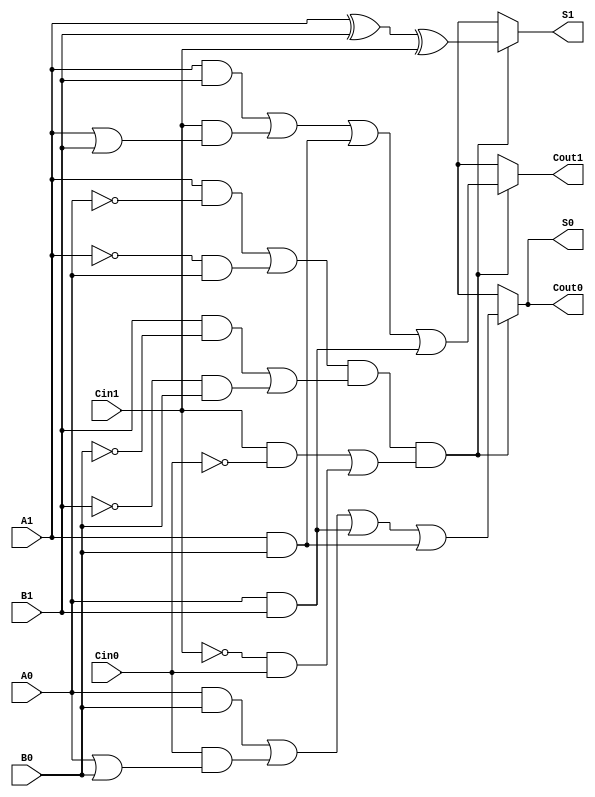
module dual_rail_full_adder (
    input  wire A1, A0,   // Dual-rail representation of input A
    input  wire B1, B0,   // Dual-rail representation of input B
    input  wire Cin1, Cin0, // Dual-rail representation of carry-in
    output reg S1, S0,    // Dual-rail representation of sum output
    output reg Cout1, Cout0 // Dual-rail representation of carry-out output
);

    // Check for invalid states (both wires in same state)
    wire valid_A = (A1 & ~A0) | (~A1 & A0);
    wire valid_B = (B1 & ~B0) | (~B1 & B0);
    wire valid_Cin = (Cin1 & ~Cin0) | (~Cin1 & Cin0);

    always @* begin
        // Default to invalid outputs when inputs are invalid
        S1 = 1'bx; S0 = 1'bx; // Invalid output
        Cout1 = 1'bx; Cout0 = 1'bx; // Invalid output
        
        if (valid_A && valid_B && valid_Cin) begin
            // Compute Sum
            S1 = A1 ^ B1 ^ Cin1;
            S0 = (A0 & B0) | (Cin0 & (A0 | B0)) | (A0 & B1) | (A1 & B0);
            
            // Compute Carry Out
            Cout1 = (A1 & B1) | (Cin1 & (A1 | B1)) | (A1 & B0) | (A0 & B1);
            Cout0 = (A0 & B0) | (Cin0 & (A0 | B0)) | (A0 & B1) | (A1 & B0);
        end
        // If inputs are invalid, outputs will remain in invalid state
    end

endmodule